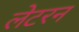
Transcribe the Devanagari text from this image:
लेटरन